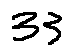
3 3